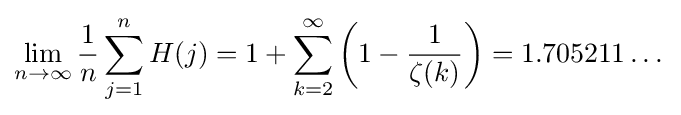
\lim _{n\to \infty }{\frac {1}{n}}\sum _{j=1}^{n}H(j)=1+\sum _{k=2}^{\infty }\left(1-{\frac {1}{\zeta (k)}}\right)=1.705211\dots